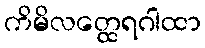
ကိမိလတ္ထေရဂါထာ